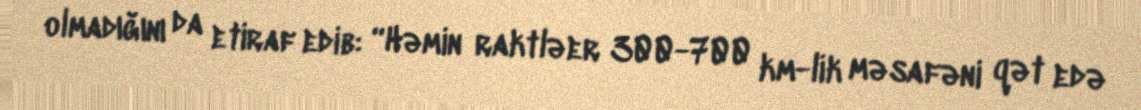
olmadığını da etiraf edib: “Həmin raktləer 300-700 km-lik məsafəni qət edə